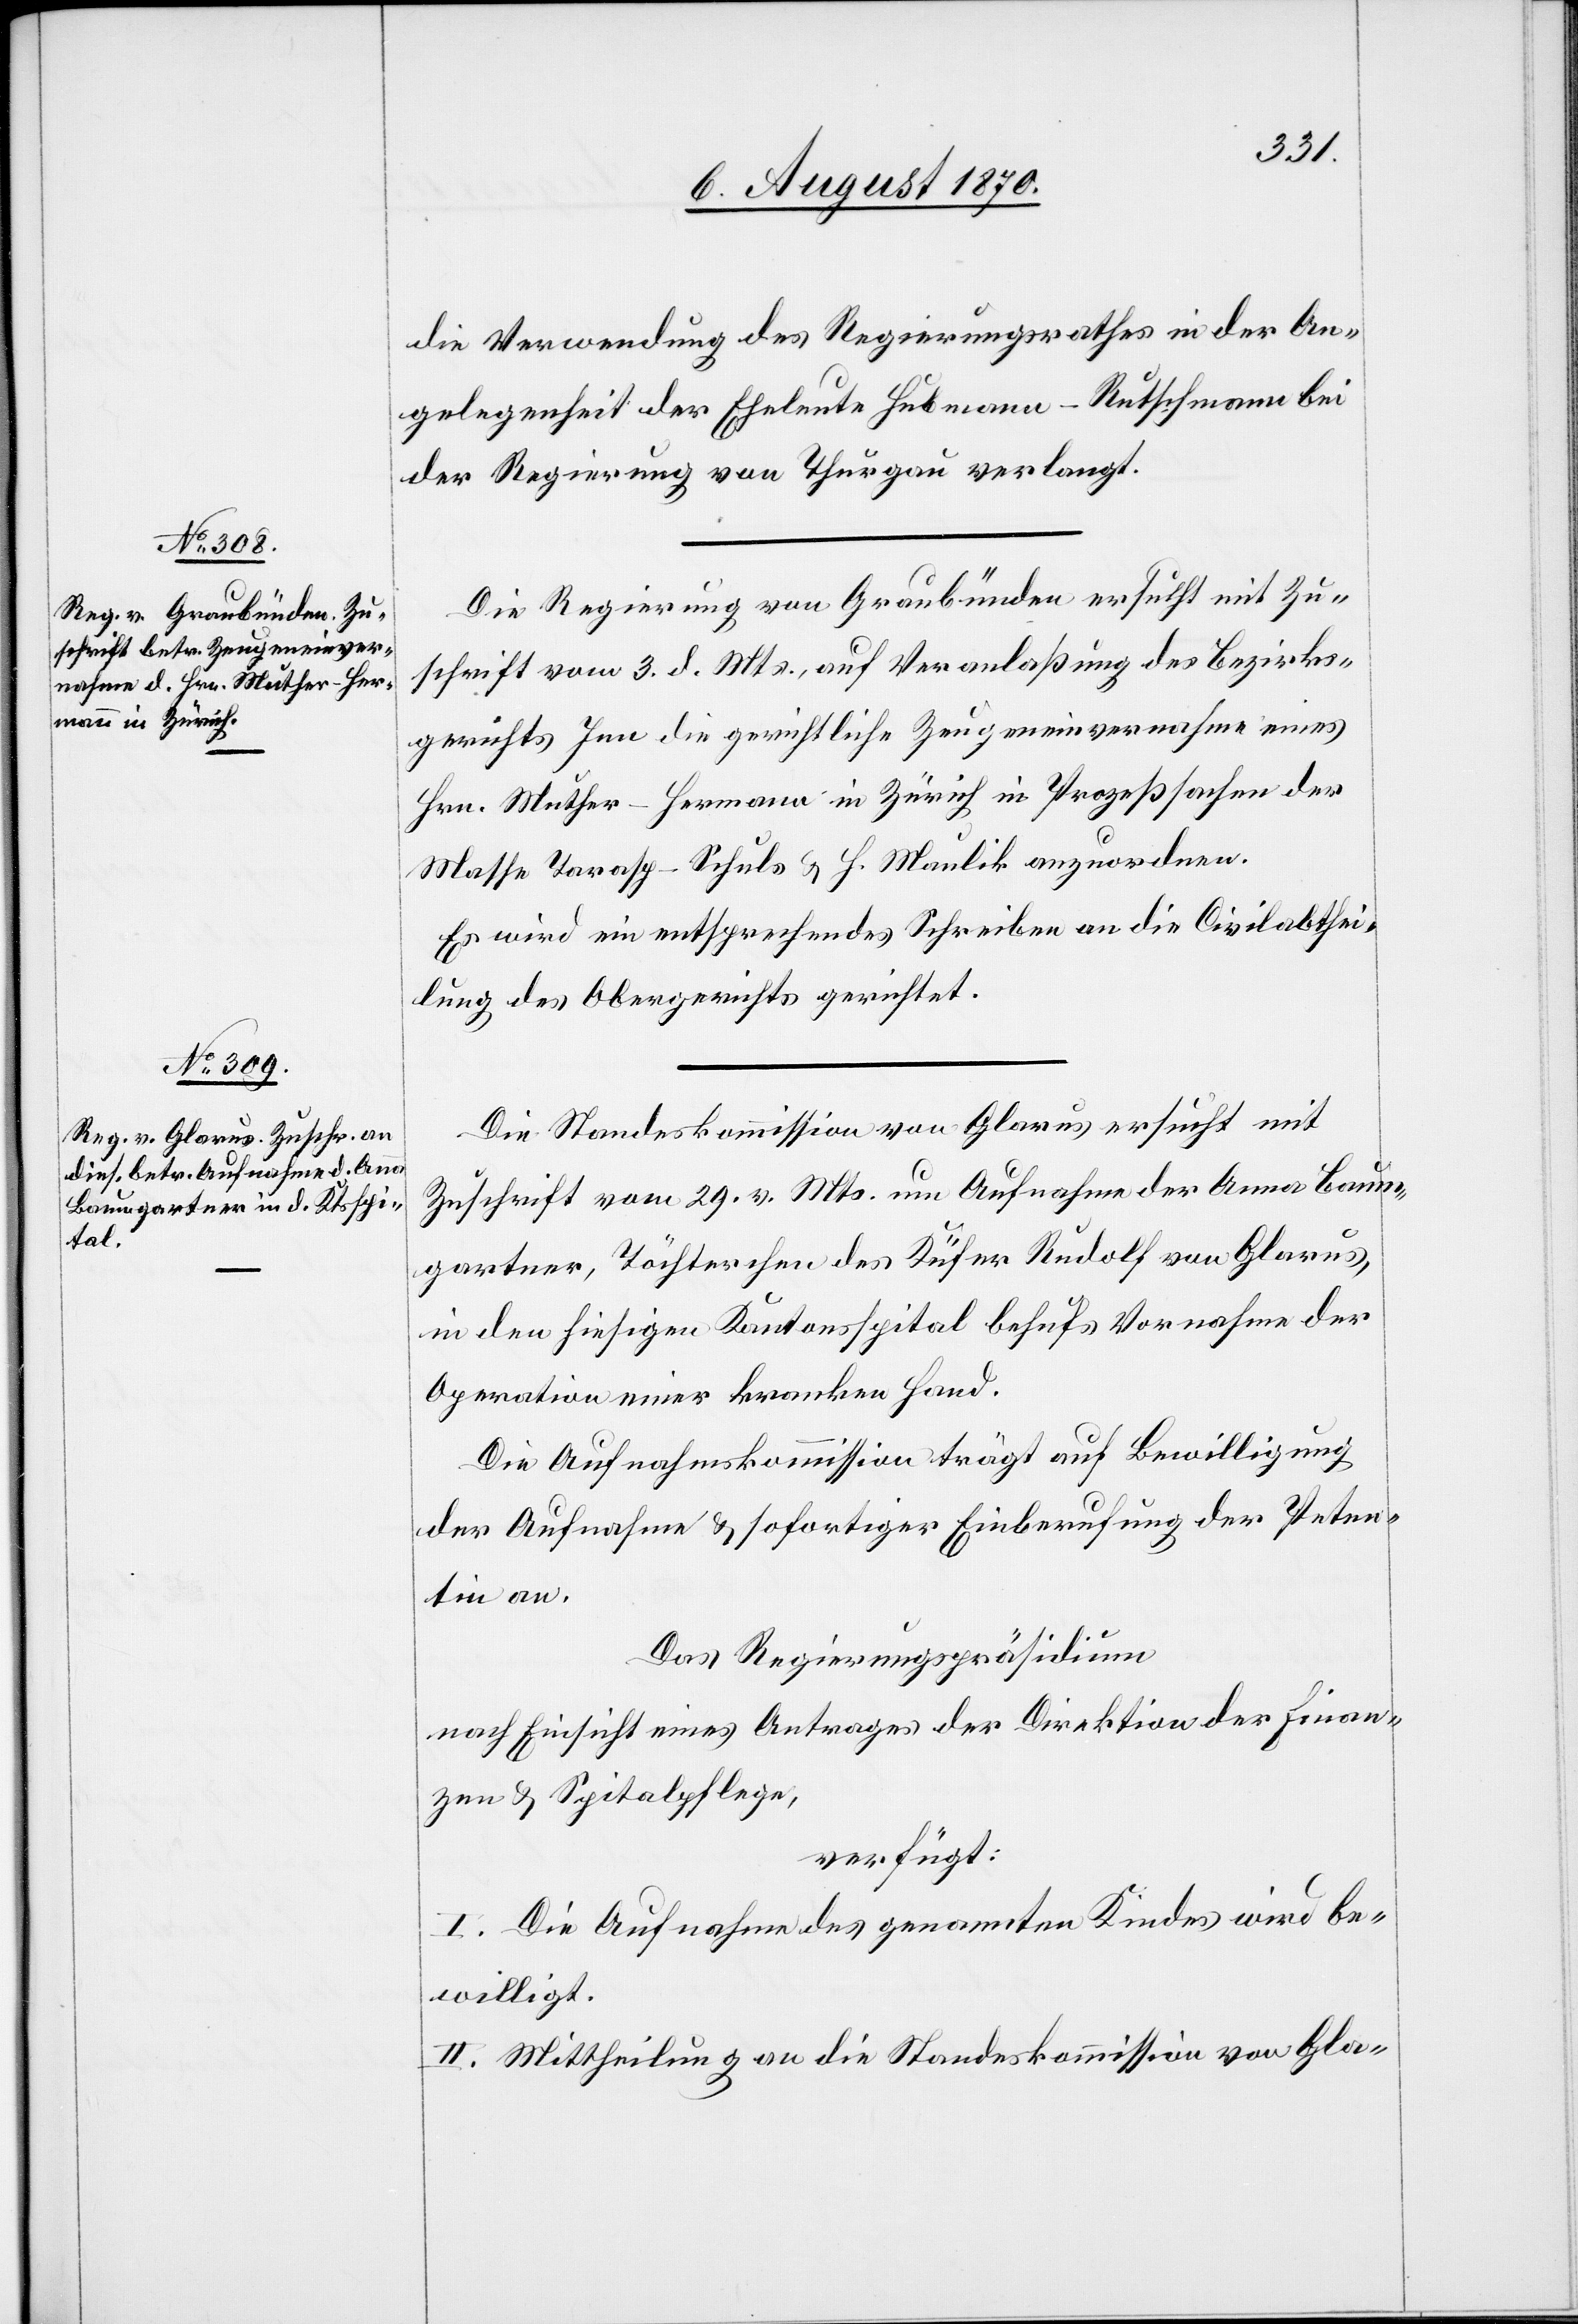
6. August 1870.]
die Verwendung des Regierungsrathes in der An¬
gelegenheit der Eheleute Hubmann-Rutschmann bei
der Regierung von Thurgau verlangt.
Die Regierung von Graubünden ersucht mit Zu¬
schrift vom 3. d. Mts., auf Veranlaßung des Bezirks¬
gerichts Inn die gerichtliche Zeugeneinvernahme eines
Hrn. Muther-Hermann in Zürich in Prozeßsachen der
Masse Tarasp-Schuls & H. Maulik anzuordnen.
Es wird ein entsprechendes Schreiben an die Civilabthei¬
lung des Obergerichtes gerichtet.
Die Standeskommission von Glarus ersucht mit
Zuschrift vom 29. v. Mts. um Aufnahme der Anna Baum¬
gartner, Töchterchen des Küfer Rudolf von Glarus,
in den hiesigen Kantonsspital behufs Vornahme der
Operation einer kranken Hand.
Die Aufnahmskommission trägt auf Bewilligung
der Aufnahme & sofortiger Einberufung der Peten¬
tin an.
Das Regierungspräsidium
nach Einsicht eines Antrages der Direktion der Finan¬
zen & Spitalpflege,
verfügt:
I. Die Aufnahme des genannten Kindes wird be¬
willigt.
II. Mittheilung an die Standeskommission von Gla-